Report on vaccination proceedings throughout the Government of Bengal -
Year: 1868
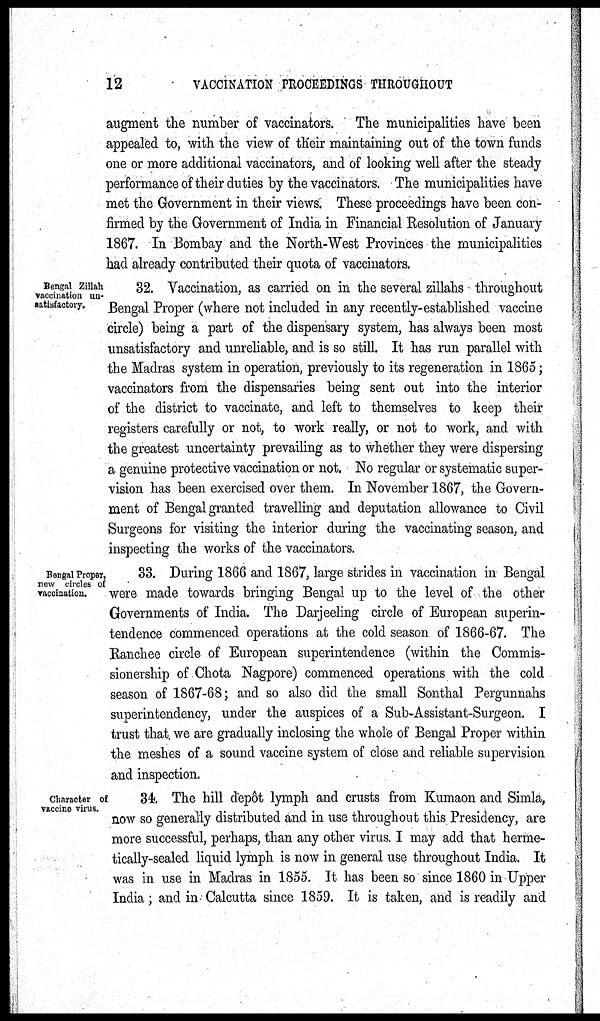
12
VACCINATION PROCEEDINGS THROUGHOUT
augment the number of vaccinators. The municipalities have been
appealed to, with the view of their maintaining out of the town funds
one or more additional vaccinators, and of looking well after the steady
performance of their duties by the vaccinators. The municipalities have
met the Government in their views. These proceedings have been con-
firmed by the Government of India in Financial Resolution of January
1867. In Bombay and the North-West Provinces the municipalities
had already contributed their quota of vaccinators.
Bengal Zillah
vaccination un-
satisfactory.
32. Vaccination, as carried on in the several zillahs throughout
Bengal Proper (where not included in any recently-established vaccine
circle) being a part of the dispensary system, has always been most
unsatisfactory and unreliable, and is so still. It has run parallel with
the Madras system in operation, previously to its regeneration in 1865 ;
vaccinators from the dispensaries being sent out into the interior
of the district to vaccinate, and left to themselves to keep their
registers carefully or not, to work really, or not to work, and with
the greatest uncertainty prevailing as to whether they were dispersing
a genuine protective vaccination or not. No regular or systematic super-
vision has been exercised over them. In November 1867, the Govern-
ment of Bengal granted travelling and deputation allowance to Civil
Surgeons for visiting the interior during the vaccinating season, and
inspecting the works of the vaccinators.
Bengal Proper,
new circles of
vaccination.
33. During 1866 and 1867, large strides in vaccination in Bengal
were made towards bringing Bengal up to the level of the other
Governments of India. The Darjeeling circle of European superin-
tendence commenced operations at the cold season of 1866-67. The
Ranchee circle of European superintendence (within the Commis¬
sionership of Chota Nagpore) commenced operations with the cold
season of 1867-68; and so also did the small Sonthal Pergunnahs
superintendency, under the auspices of a Sub-Assistant-Surgeon. I
trust that we are gradually inclosing the whole of Bengal Proper within
the meshes of a sound vaccine system of close and reliable supervision
and inspection.
Character of
vaccine virus.
34. The hill depôt lymph and crusts from Kumaon and Simla,
now so generally distributed and in use throughout this Presidency, are
more successful, perhaps, than any other virus. I may add that herme-
tically-sealed liquid lymph is now in general use throughout India. It
was in use in Madras in 1855. It has been so since 1860 in Upper
India ; and in Calcutta since 1859. It is taken, and is readily and